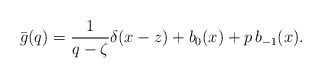
\begin{align*}\bar{g}(q) = \frac{1}{q-\zeta}\delta(x-z) + b_0(x) + p\,b_{-1}(x).\end{align*}